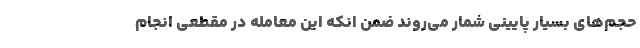
حجم‌های بسیار پایینی شمار می‌روند ضمن انکه این معامله در مقطعی انجام